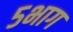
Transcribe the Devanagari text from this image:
५भाग